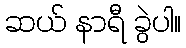
ဆယ် နာရီ ခွဲပါ။